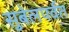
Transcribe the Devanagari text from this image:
सुबेलपर्वत